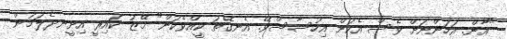
"އާން. އަހަންނަށް ވެސް އެކަން އިހުސާސްވޭ. އެނގޭތަ ކީއްވެކަން" މޭޒު ކައިރީ އިށީނދެލަމުން